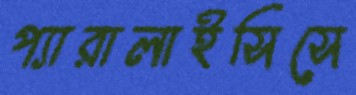
প্যারালাইসিসে